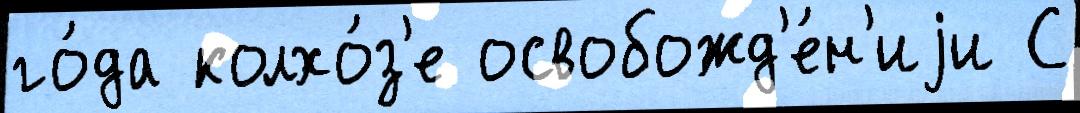
го́да колхо́з'е освобожд'е́н'иjи С